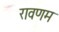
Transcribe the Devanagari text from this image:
रावणम